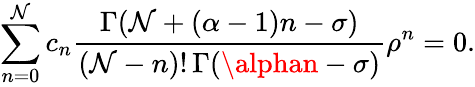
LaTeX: \sum_{n=0}^{\mathcal{N}}c_{n}{\frac{{\Gamma(\mathcal{N}+(\alpha-1)n-\sigma)}}{{(\mathcal{N}-n)!\, \Gamma(\alphan-\sigma)}}}\rho^{n}=0.